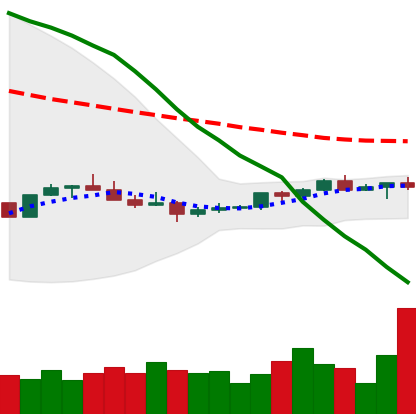
Ticker: XMR-USD
Chart end date: 2022-07-11
Forward return: 9.46%
Label: up_7plus